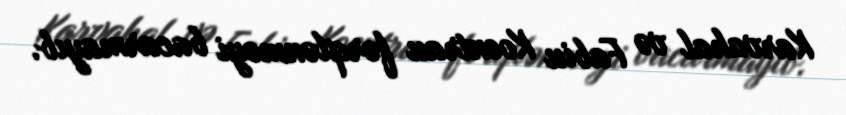
Karvahal və Fabiu Koentrau fərqlənməyi bacarmayıb.